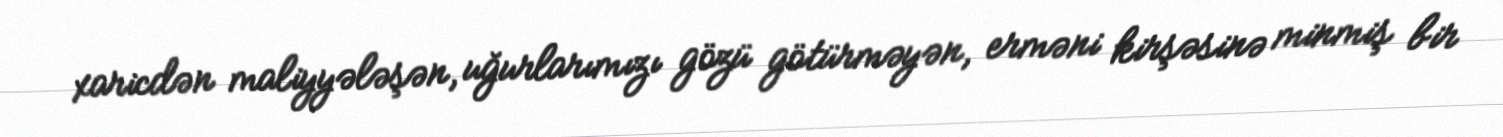
xaricdən maliyyələşən, uğurlarımızı gözü götürməyən, erməni kirşəsinə minmiş bir